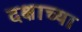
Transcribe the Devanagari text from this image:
दक्षाच्या